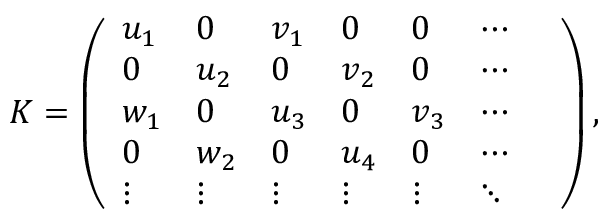
K = \left( \begin{array} { l l l l l l l } { u _ { 1 } } & { 0 } & { v _ { 1 } } & { 0 } & { 0 } & { \cdots } & \\ { 0 } & { u _ { 2 } } & { 0 } & { v _ { 2 } } & { 0 } & { \cdots } & \\ { w _ { 1 } } & { 0 } & { u _ { 3 } } & { 0 } & { v _ { 3 } } & { \cdots } & \\ { 0 } & { w _ { 2 } } & { 0 } & { u _ { 4 } } & { 0 } & { \cdots } & \\ { \vdots } & { \vdots } & { \vdots } & { \vdots } & { \vdots } & { \ddots } \end{array} \right) ,